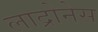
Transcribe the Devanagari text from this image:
लाद्रोनेस